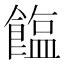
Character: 𫗘